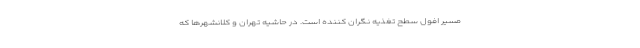
مسیر افول سطح تغذیه نگران کننده است. در حاشیه تهران و کلانشهرها که